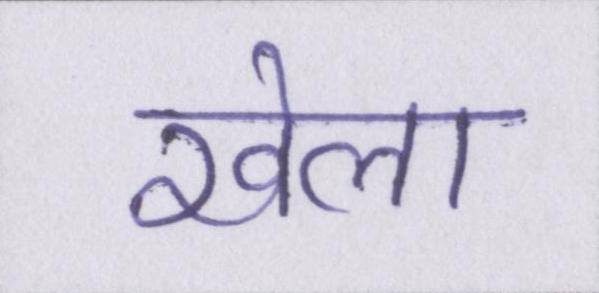
खेला